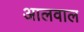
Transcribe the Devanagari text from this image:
आलवाल